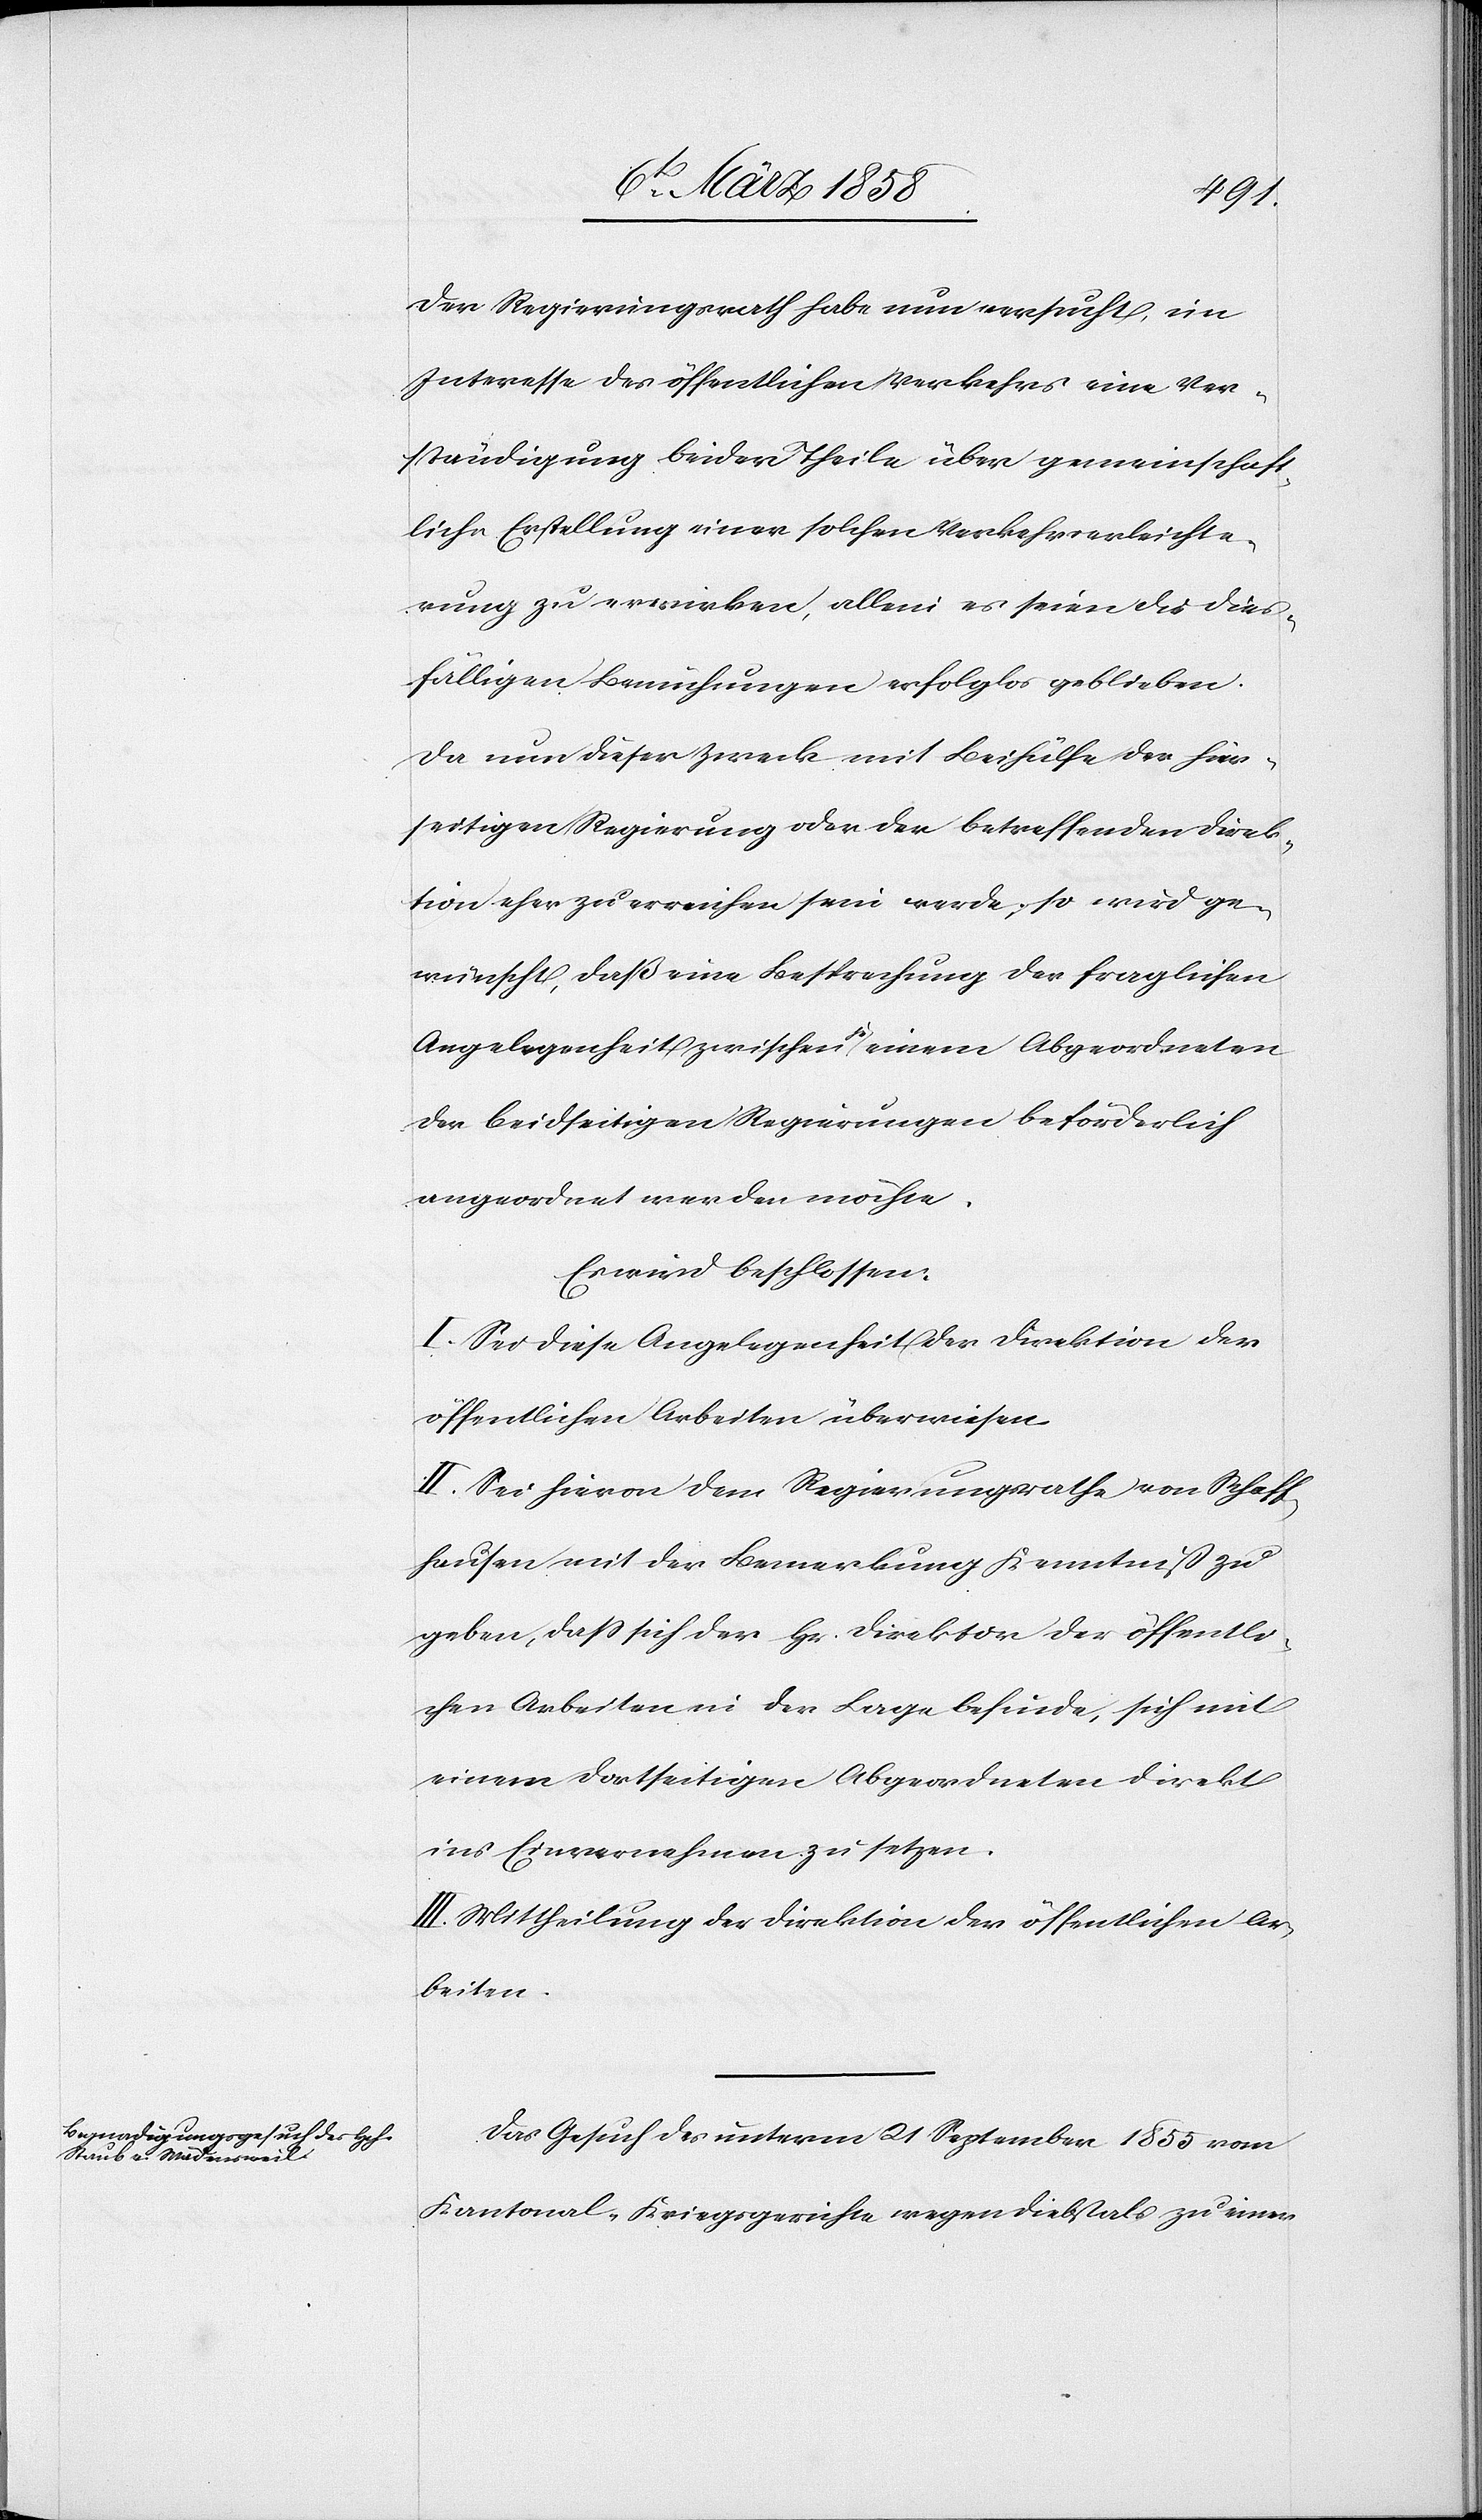
Der Regierungsrath habe nun versucht, im
Interesse des öffentlichen Verkehrs eine Ver¬
ständigung beider Theile über gemeinschaft¬
liche Erstellung einer solchen Verkehrserleichte¬
rung zu erwirken, allein es seien die dies¬
fälligen Bemühungen erfolglos geblieben.
Da nun dieser Zweck mit Beihülfe der hier¬
seitigen Regierung oder der betreffenden Direk¬
tion eher zu erreichen sein werde, so wird ge¬
wünscht, daß eine Besprechung der fraglichen
Angelegenheit zwischen je einem Abgeordneten
der beidseitigen Regierungen beförderlich
angeordnet werden möchte.
Es wird beschlossen:
I. Sei diese Angelegenheit der Direktion der
öffentlichen Arbeiten überwiesen.
II. Sei hievon dem Regierungsrathe von Schaff¬
hausen mit der Bemerkung Kenntniß zu
geben, daß sich der Hr. Direktor der öffentli¬
chen Arbeiten in der Lage befinde, sich mit
einem dortseitigen Abgeordneten direkt
ins Einvernehmen zu setzen.
III. Mittheilung der Direktion der öffentlichen Ar¬
beiten.
Das Gesuch des unterm 21 September 1855 vom
Kantonal-Kriegsgerichte wegen Diebstals zu einer